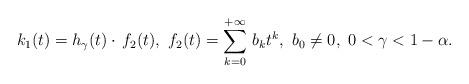
LaTeX: \begin{align*}k_1(t) = h_{\gamma}(t) \cdot \, f_2(t),\ f_2(t)=\sum_{k=0}^{+\infty}\, b_k t^k, \ b_0 \not = 0,\ 0<\gamma<1-\alpha.\end{align*}